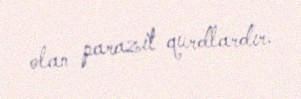
olan parazit qurdlardır.